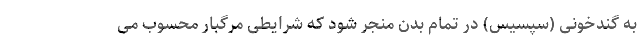
به گندخونی (سپسیس) در تمام بدن منجر شود که شرایطی مرگبار محسوب می